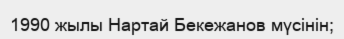
1990 жылы Нартай Бекежанов мүсінін;